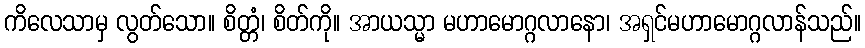
ကိလေသာမှ လွတ်သော။ စိတ္တံ၊ စိတ်ကို။ အာယသ္မာ မဟာမောဂ္ဂလာနော၊ အရှင်မဟာမောဂ္ဂလာန်သည်။